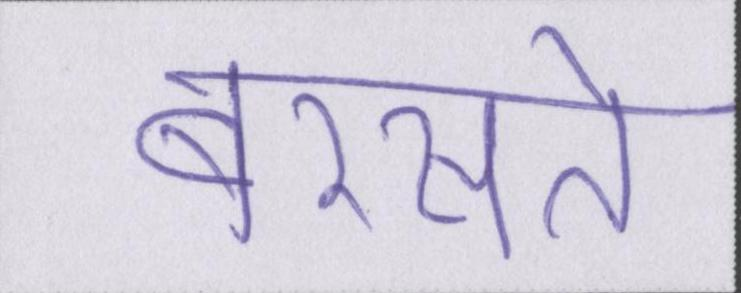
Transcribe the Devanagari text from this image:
बरसते